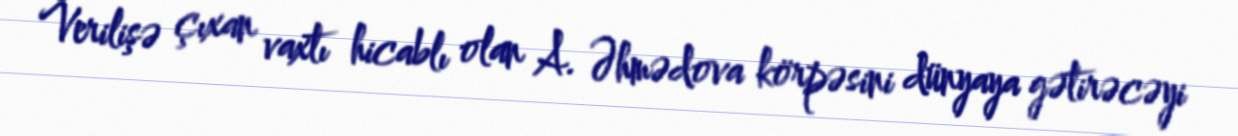
Verilişə çıxan vaxtı hicablı olan A. Əhmədova körpəsini dünyaya gətirəcəyi